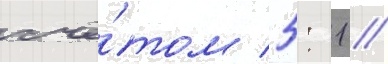
счё́том 5: 1 //